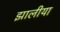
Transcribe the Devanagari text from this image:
झालीया